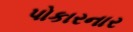
પોકારનાર